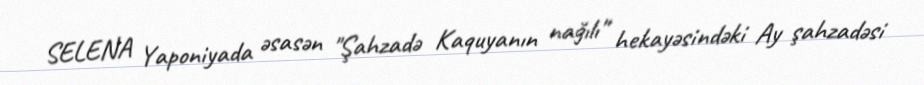
SELENA Yaponiyada əsasən "Şahzadə Kaquyanın nağılı" hekayəsindəki Ay şahzadəsi